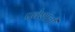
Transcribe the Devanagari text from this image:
प्रवेशांची